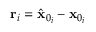
\mathbf { r } _ { i } = \hat { \mathbf { x } } _ { 0 _ { i } } - \mathbf { x } _ { 0 _ { i } }